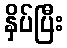
နှိပ်ပြီး